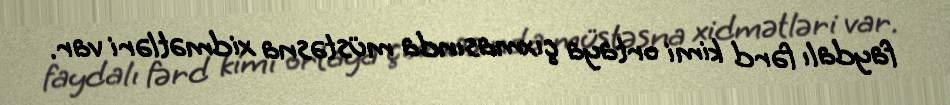
faydalı fərd kimi ortaya çıxmasında müstəsna xidmətləri var.